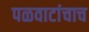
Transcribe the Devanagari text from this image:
पळवाटांचाच